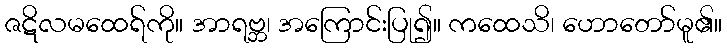
ဇဋိလမထေရ်ကို။ အာရဗ္ဘ၊ အကြောင်းပြု၍။ ကထေသိ၊ ဟောတော်မူ၏။